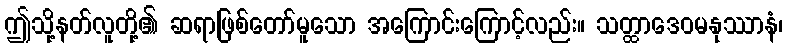
ဤသို့နတ်လူတို့၏ ဆရာဖြစ်တော်မူသော အကြောင်းကြောင့်လည်း။ သတ္ထာဒေဝမနုဿာနံ၊